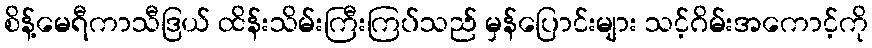
စိန့်မေရီကာသီဒြယ် ထိန်းသိမ်းကြီးကြပ်သည် မှန်ပြောင်းများ သင့်ဂိမ်းအကောင့်ကို